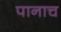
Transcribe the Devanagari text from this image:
पानाच